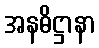
အနဓိဋ္ဌာနာ